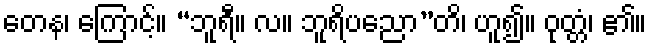
တေန၊ ကြောင့်။ “ဘူရီ။ လ။ ဘူရိပညော”တိ၊ ဟူ၍။ ဝုတ္တံ၊ ၏။